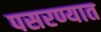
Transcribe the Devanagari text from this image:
पसरण्यात